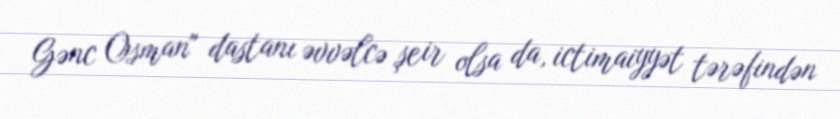
Gənc Osman" dastanı əvvəlcə şeir olsa da, ictimaiyyət tərəfindən